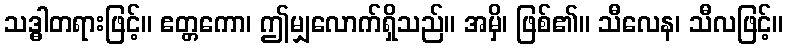
သဒ္ဓါတရားဖြင့်။ ဧတ္တကော၊ ဤမျှလောက်ရှိသည်။ အမှိ၊ ဖြစ်၏။ သီလေန၊ သီလဖြင့်။